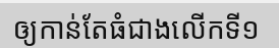
ឲ្យកាន់តែធំជាងលើកទី១